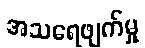
အသရေဖျက်မှု